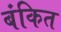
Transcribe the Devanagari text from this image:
बंकित